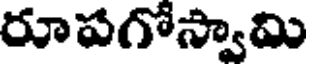
రూపగోస్వామి